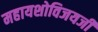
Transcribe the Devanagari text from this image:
महायशोविजयजी